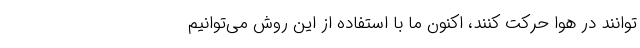
توانند در هوا حرکت کنند، اکنون ما با استفاده از این روش می‌توانیم